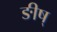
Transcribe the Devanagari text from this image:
ङीष्